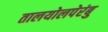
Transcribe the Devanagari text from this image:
तालयोलपेरंबु